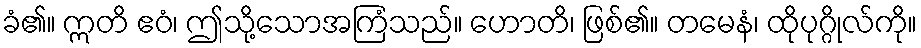
ခံ၏။ ဣတိ ဧဝံ၊ ဤသို့သောအကြံသည်။ ဟောတိ၊ ဖြစ်၏။ တမေနံ၊ ထိုပုဂ္ဂိုလ်ကို။